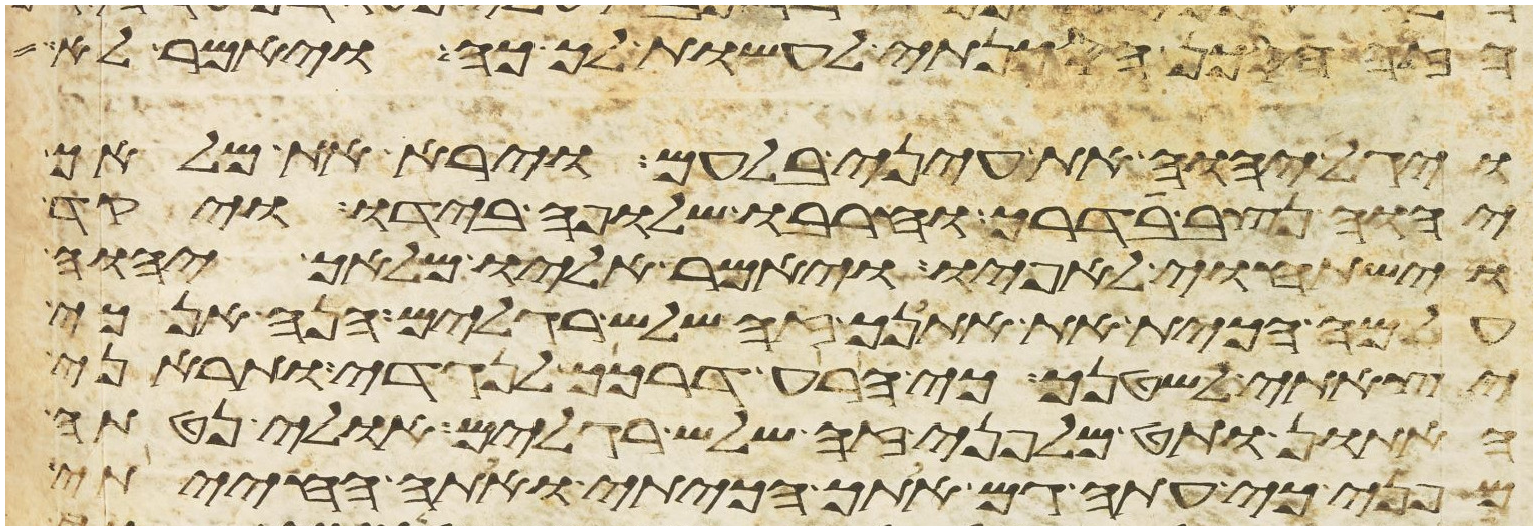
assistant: הזה הסכן הסכנתי לעשות לך כה ויאמר לא
ויגל יהוה את עיני בלעם וירא את מלאך
יהוה נצב בדרך וחרבו שלופה בידו ויקד
וישתחוי לאפיו ויאמר אליו מלאך יהוה
על מה הכית את אתנך זה שלש רגלים הנה אנכי
יצאתי לשטנך כי הרע דרכך לנגדי ותראני
האתון ותט מלפני זה שלש רגלים אולי נטתה
מפני כי עתה גם אתך הכיתי ואתה החייתי